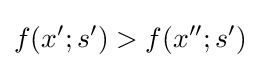
f(x';s')>f(x'';s')